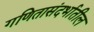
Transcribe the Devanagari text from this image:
गणितासंदर्भातील